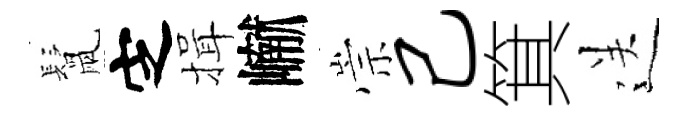
鬛㝎揖𪩘崇己箕送